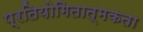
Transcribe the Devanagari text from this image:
प्रतियोगितात्मकता